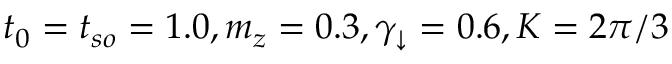
t _ { 0 } = t _ { s o } = 1 . 0 , m _ { z } = 0 . 3 , \gamma _ { \downarrow } = 0 . 6 , K = 2 \pi / 3